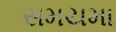
સમયમા